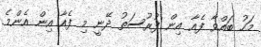
މަހު ބައްވާ ފެއާ އިން ފުރުސަތު ދޭނީ މި ފެއާ އިން އެންމެ